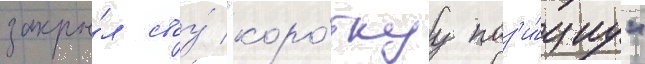
закры́л своу́ "коро́ткуу поз'и́циу"